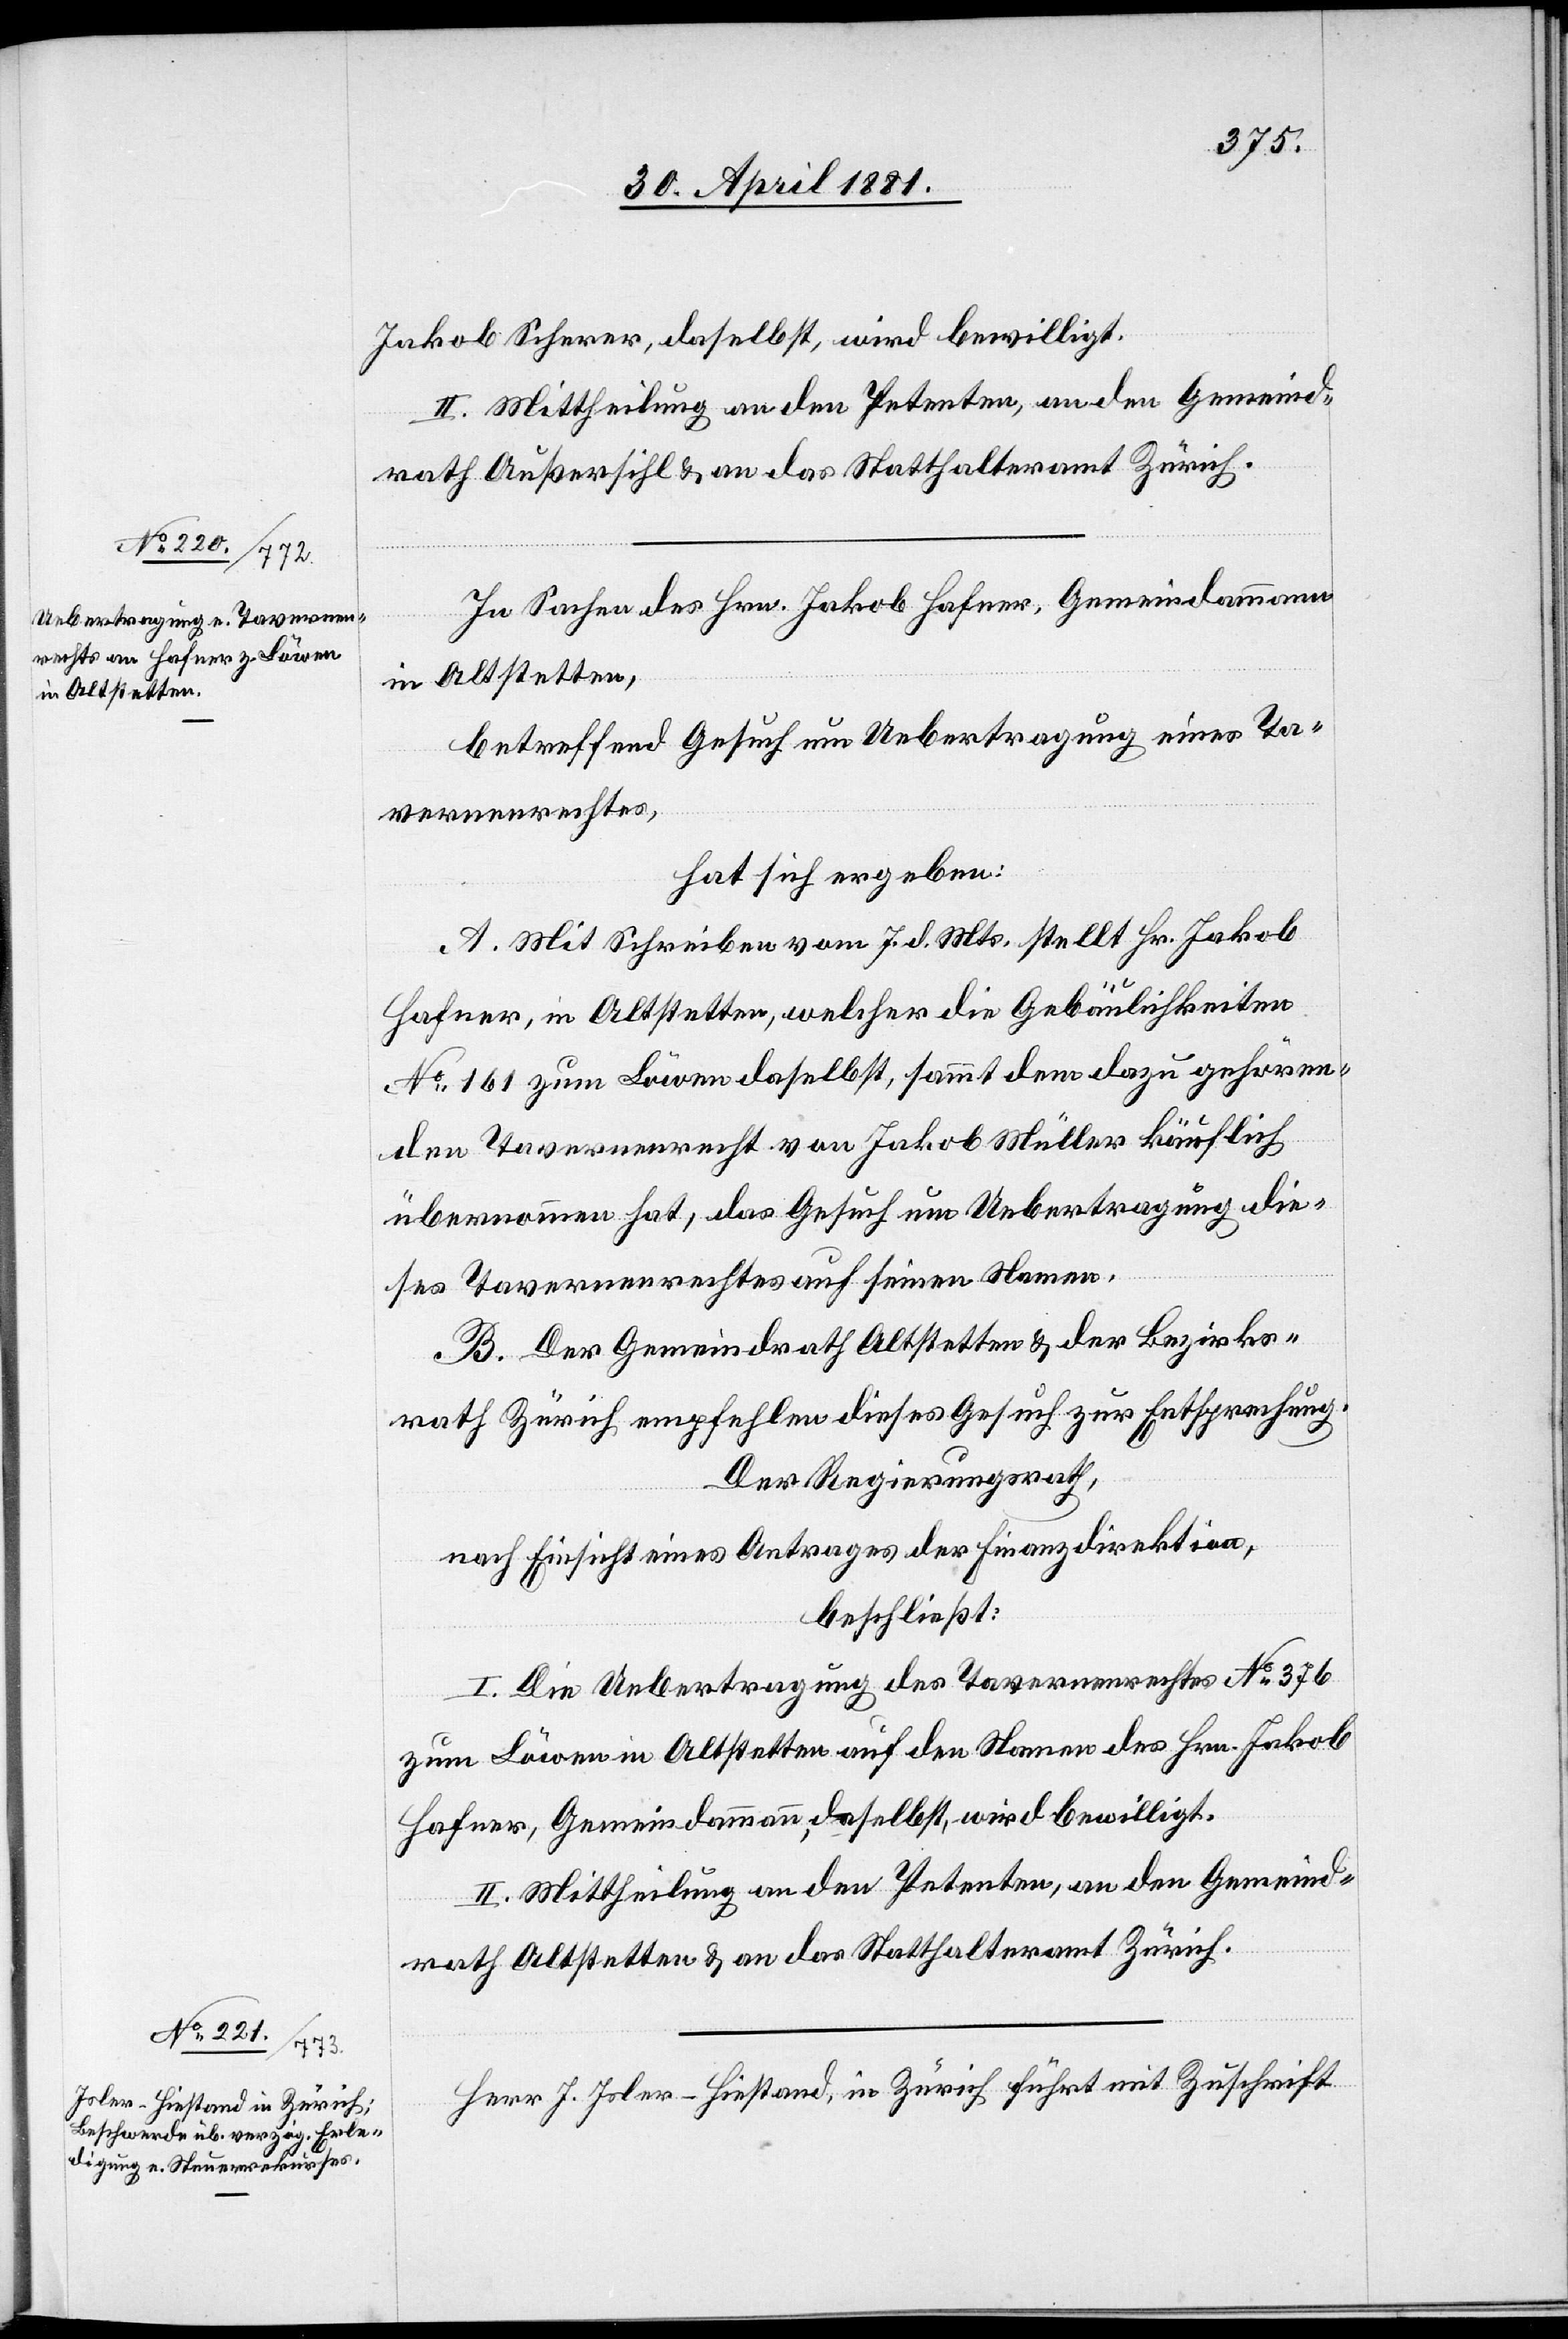
Jakob Scherer, daselbst, wird bewilligt.
II. Mittheilung an den Petenten, an den Gemeind¬
rath Außersihl & an das Statthalteramt Zürich.
In Sachen des Hrn. Jakob Hafner, Gemeindammann
in Altstetten,
betreffend Gesuch um Uebertragung eines Ta¬
vernenrechtes,
hat sich ergeben:
A. Mit Schreiben vom 7. d. Mts. stellt Hr. Jakob
Hafner, in Altstetten, welcher die Gebäulichkeiten
No 161 zum Löwen daselbst, sammt dem dazu gehören¬
den Tavernenrecht von Jakob Müller käuflich
übernommen hat, das Gesuch um Uebertragung die¬
ses Tavernenrechtes auf seinen Namen.
B. Der Gemeindrath Altstetten & der Bezirks¬
rath Zürich empfehlen dieses Gesuch zur Entsprechung.
Der Regierungsrath,
nach Einsicht eines Antrages der Finanzdirektion,
beschließt:
I. Die Uebertragung des Tavernenrechtes No 376
zum Löwen in Altstetten auf den Namen des Hrn. Jakob
Hafner, Gemeindammann, daselbst, wird bewilligt.
II. Mittheilung an den Petenten, an den Gemeind¬
rath Altstetten & an das Statthalteramt Zürich.
Herr J. Joler-Hiestand, in Zürich führt mit Zuschrift